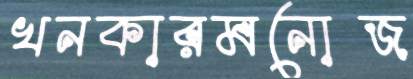
খনকারমনোজ